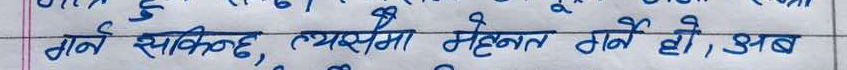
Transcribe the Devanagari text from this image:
कर्ण सकिन्छ, त्यसमा मेहनत गर्ने हो, अब